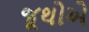
જૂથોએ